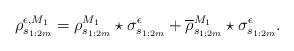
LaTeX: \begin{align*} \rho_{s_{1:2m}}^{\epsilon,M_1} = \rho_{s_{1:2m}}^{M_1}\star \sigma_{s_{1:2m}}^\epsilon + \overline\rho_{s_{1:2m}}^{M_1}\star\sigma_{s_{1:2m}}^\epsilon. \end{align*}